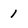
Character: 1